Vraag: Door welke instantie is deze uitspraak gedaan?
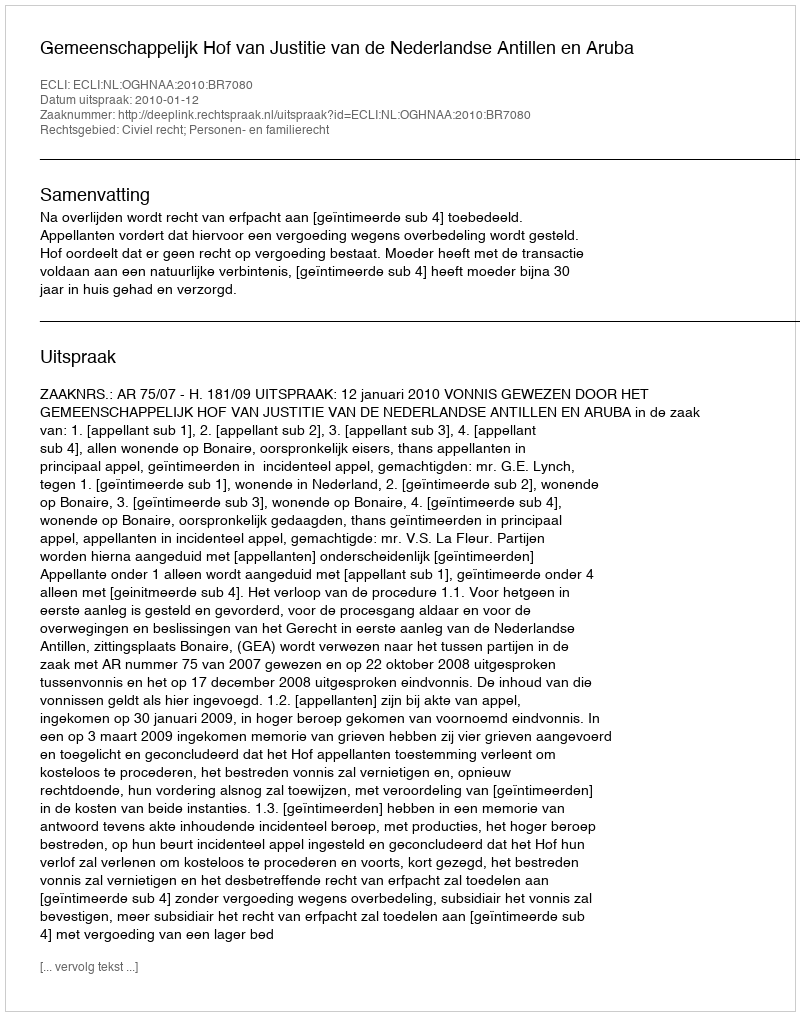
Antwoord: Gemeenschappelijk Hof van Justitie van de Nederlandse Antillen en Aruba